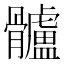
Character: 髗